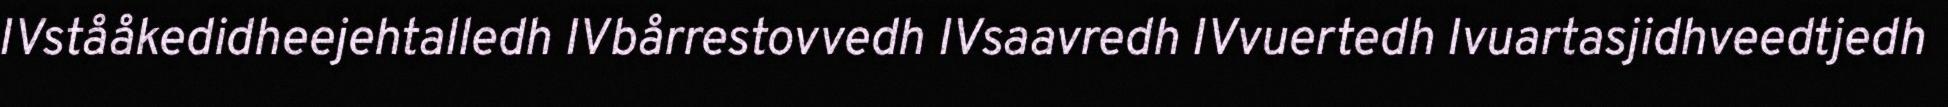
IVstååkedidheejehtalledh IVbårrestovvedh IVsaavredh IVvuertedh Ivuartasjidhveedtjedh